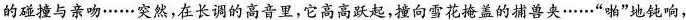
的碰撞与亲吻……突然，在长调的高音里，它高高跃起，撞向雪花掩盖的捕兽夹……”啪”地钝响，